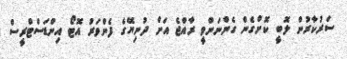
ސަރުކާރުން ލޮބީ ކޮށްގެން ގެންނަންވީ ރާއްޖެ އަށް ދުނިޔޭގެ ފެންވަރު އޮޓޯ އިންޑަސްޓްރީސް